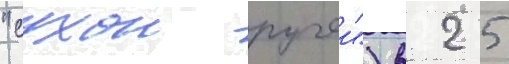
"сухои ручеи") в 25